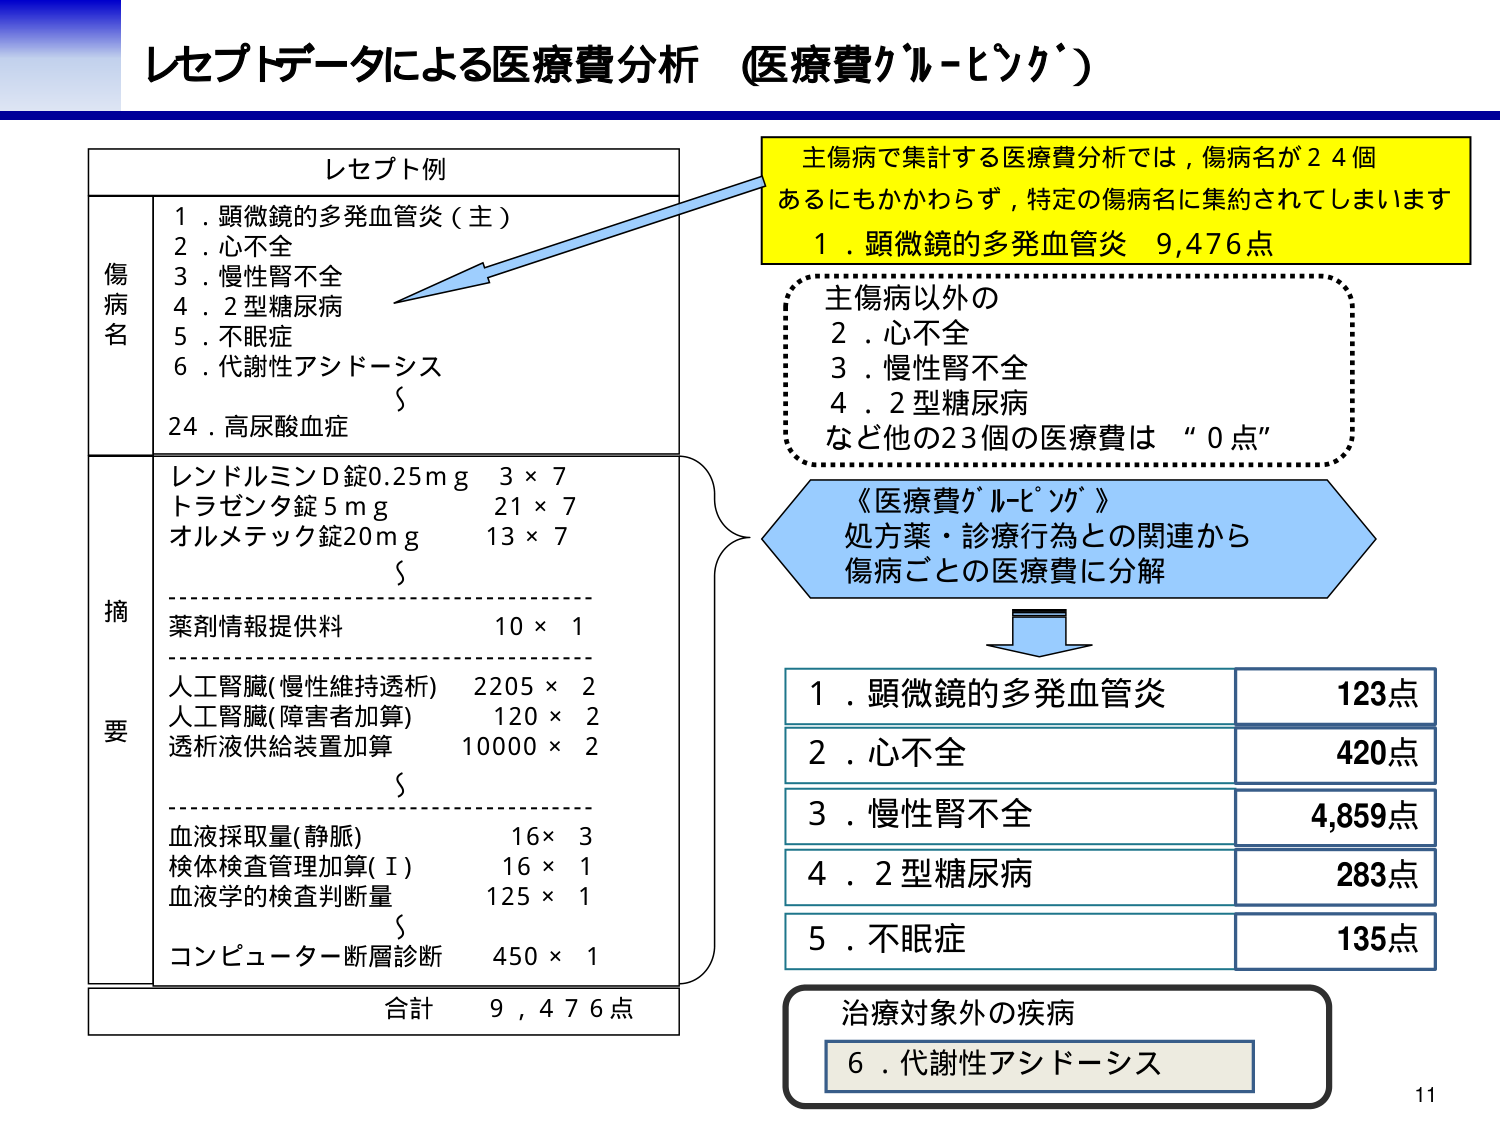
レセプトデータによる医療費分析（医療費グルーピング）

レセプト例

傷病名
1．顕微鏡的多発血管炎（主）
2．心不全
3．慢性腎不全
4．2型糖尿病
5．不眠症
6．代謝性アシドーシス
24．高尿酸血症

摘要
レンドルミンD錠0.25mg　3×7
トラゼンタ錠5mg　21×7
オルメテック錠20mg　13×7
薬剤情報提供料　10×1
人工腎臓(慢性維持透析)　2205×2
人工腎臓(障害者加算)　120×2
透析液供給装置加算　10000×2
血液採取量(静脈)　16×3
検体検査管理加算(Ⅰ)　16×1
血液学的検査判断量　125×1
コンピューター断層診断　450×1

合計　9,476点

主傷病で集計する医療費分析では，傷病名が24個あるにもかかわらず，特定の傷病名に集約されてしまいます
1．顕微鏡的多発血管炎　9,476点

主傷病以外の
2．心不全
3．慢性腎不全
4．2型糖尿病
など他の23個の医療費は“0点”

《医療費グルーピング》
処方薬・診療行為との関連から
傷病ごとの医療費に分解

1．顕微鏡的多発血管炎　123点
2．心不全　420点
3．慢性腎不全　4,859点
4．2型糖尿病　283点
5．不眠症　135点

治療対象外の疾病
6．代謝性アシドーシス

11